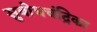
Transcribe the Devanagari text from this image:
सुबोधचंद्रिका